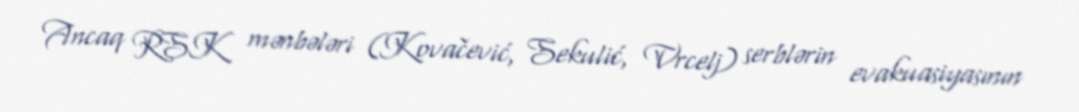
Ancaq RSK mənbələri (Kovačević, Sekulić, Vrcelj) serblərin evakuasiyasının